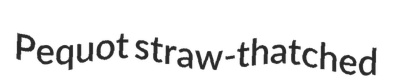
Pequot straw-thatched